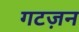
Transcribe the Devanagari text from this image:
गटज़न